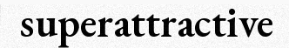
superattractive